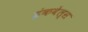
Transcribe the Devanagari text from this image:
इंकवेल्स